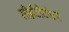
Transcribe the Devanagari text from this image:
सीईटीटीएम